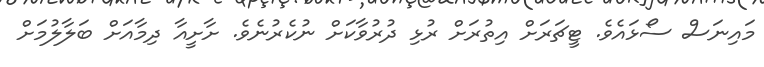
މައިނަސް ސޯޅައެވެ. ޓީޗަރަށް އިތުރަށް ރުޅި ދުރުވާކަށް ނުކެރުނެވެ. ށާށީއާ ދިމާއަށް ބަލާލުމަށް